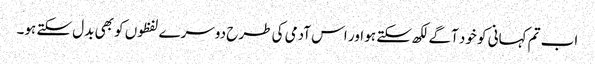
اب تم کہانی کو خود آگے لکھ سکتے ہو اور اس آدمی کی طرح دوسرے لفظوں کو بھی بدل سکتے ہو۔